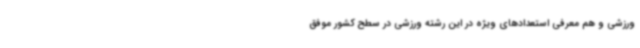
ورزشی و هم معرفی استعدادهای ویژه در این رشته ورزشی در سطح کشور موفق